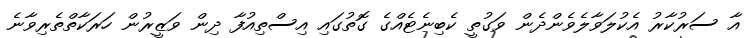
އާ ސަރުކާރު އެކުލަވާލެވެންދެން ވަގުތީ ކެބިނެޓެއްގެ ގޮތުގައި އިސްތިއުފާ ދިން ވަޒީރުން ހަރަކާތްތެރިވާނެ